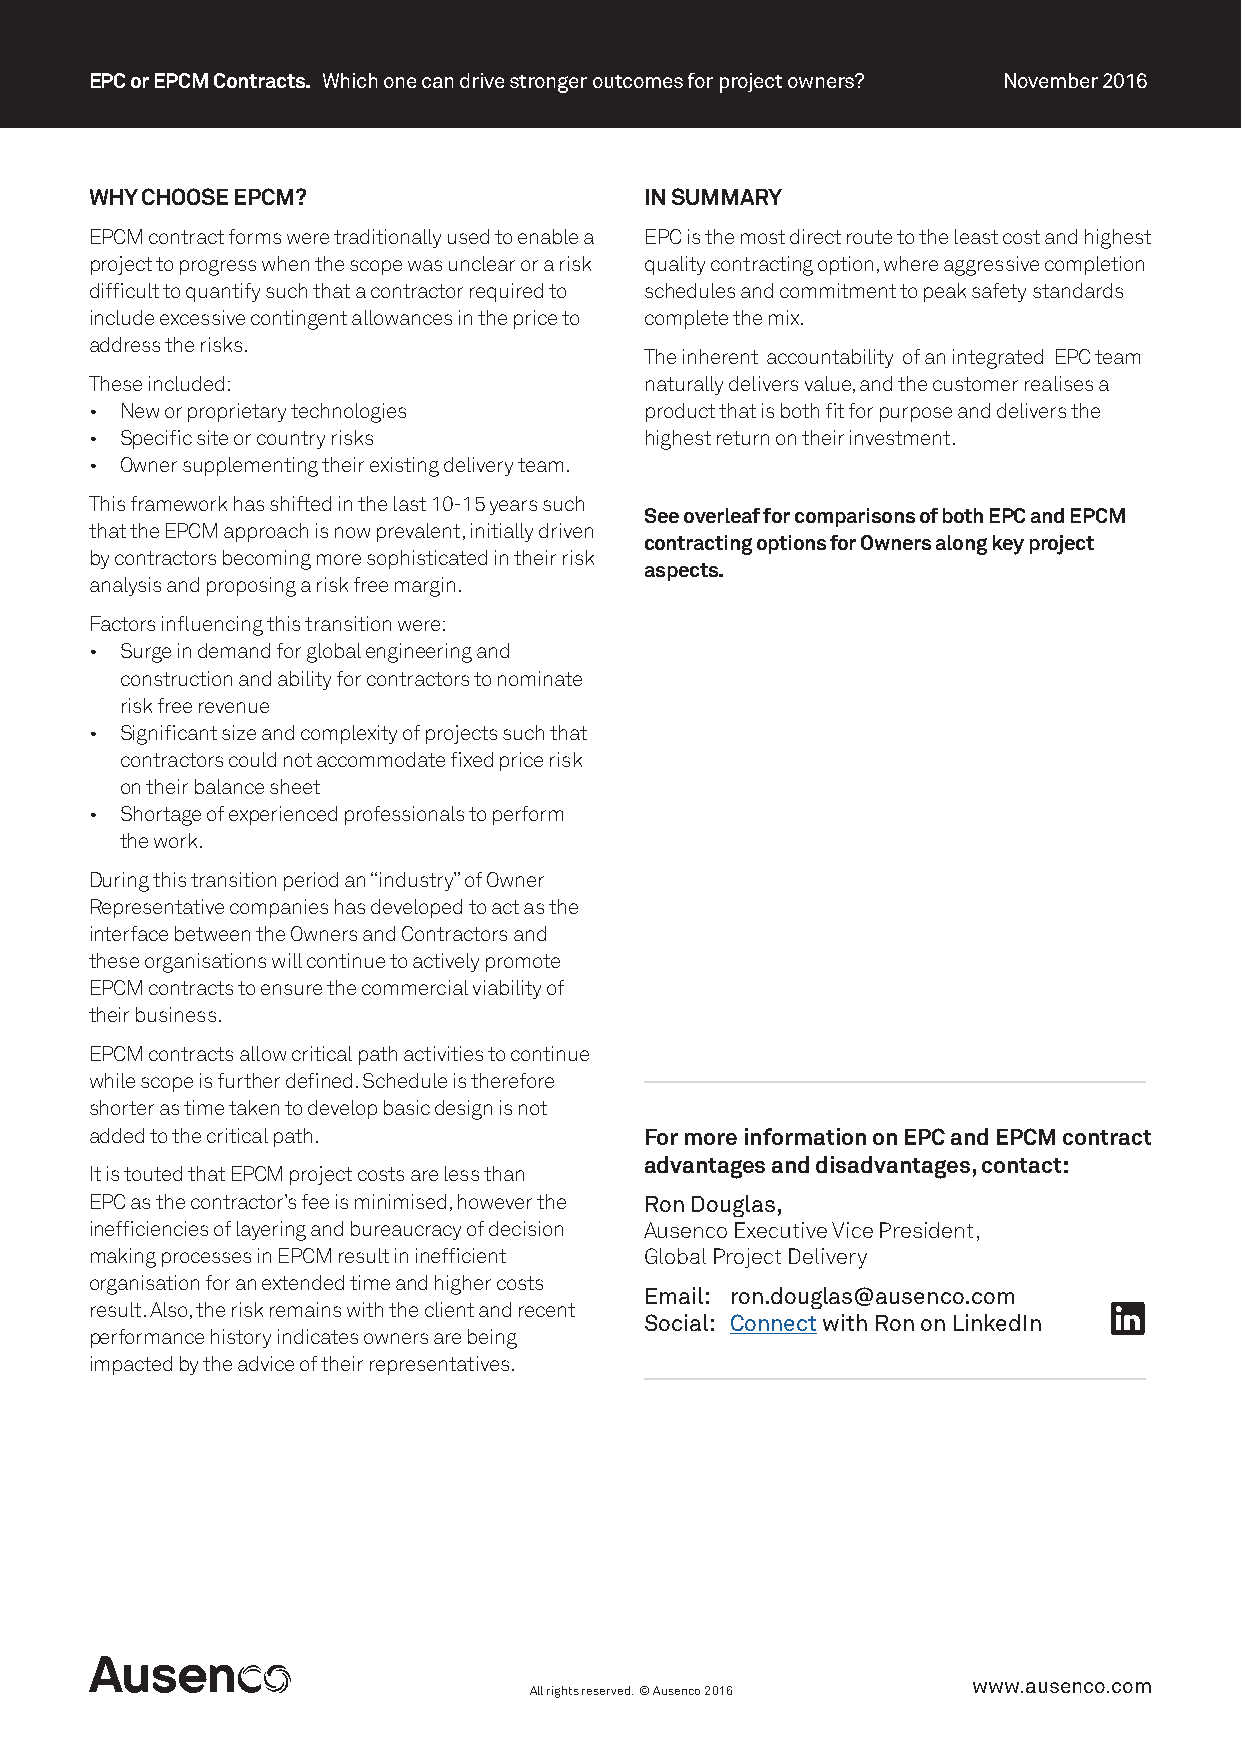
EPC or EPCM Contracts. Which one can drive stronger outcomes for project owners? November 2016
 WHY CHOOSE EPCM?                     IN SUMMARY
 EPCM contract forms were traditionally used to enable a EPC is the most direct route to the least cost and highest
 project to progress when the scope was unclear or a risk quality contracting option, where aggressive completion
 difficult to quantify such that a contractor required to schedules and commitment to peak safety standards
 include excessive contingent allowances in the price to complete the mix.
 address the risks.
 The inherent accountability of an integrated EPC team
 These included:                      naturally delivers value, and the customer realises a
 • New or proprietary technologies    product that is both fit for purpose and delivers the
 • Specific site or country risks     highest return on their investment.
 • Owner supplementing their existing delivery team.
 This framework has shifted in the last 10-15 years such
 See overleaf for comparisons of both EPC and EPCM
 that the EPCM approach is now prevalent, initially driven
 contracting options for Owners along key project
 by contractors becoming more sophisticated in their risk
 aspects.
 analysis and proposing a risk free margin.
 Factors influencing this transition were:
 • Surge in demand for global engineering and
 construction and ability for contractors to nominate
 risk free revenue
 • Significant size and complexity of projects such that
 contractors could not accommodate fixed price risk
 on their balance sheet
 • Shortage of experienced professionals to perform
 the work.
 During this transition period an “industry” of Owner
 Representative companies has developed to act as the
 interface between the Owners and Contractors and
 these organisations will continue to actively promote
 EPCM contracts to ensure the commercial viability of
 their business.
 EPCM contracts allow critical path activities to continue
 while scope is further defined. Schedule is therefore
 shorter as time taken to develop basic design is not
 added to the critical path.          For more information on EPC and EPCM contract
 advantages and disadvantages, contact:
 It is touted that EPCM project costs are less than
 EPC as the contractor’s fee is minimised, however the Ron Douglas,
 inefficiencies of layering and bureaucracy of decision Ausenco Executive Vice President,
 making processes in EPCM result in inefficient Global Project Delivery
 organisation for an extended time and higher costs
 Email: ron.douglas@ausenco.com
 result. Also, the risk remains with the client and recent
 Social: Connect with Ron on LinkedIn
 performance history indicates owners are being
 impacted by the advice of their representatives.
 www.ausenco.com
 All rights reserved. © Ausenco 2016